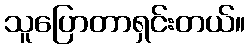
သူပြောတာရှင်းတယ်။